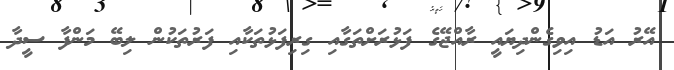
އޭރު އަޑު އިވިގެންދިޔައީ ރާއްޖޭގެ ފަޅުރަށްތަގާއި ގިރިފަޅުތަކާއި ފަރުތަކުން ލިބޭ މަންފާ ސީދާ